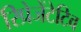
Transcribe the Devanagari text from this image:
रिप्रेजेंटेटिव